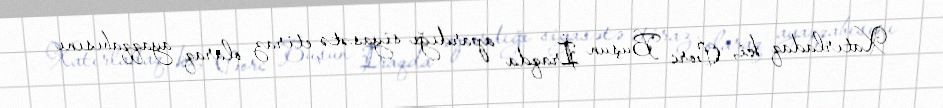
Xatırladaq ki, Corc Buşun İraqda apardığı siyasətə etiraz olaraq ayaqqabısını